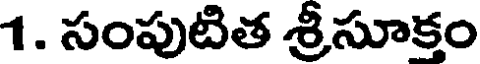
1. సంపుటిత శ్రీసూక్తం